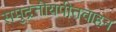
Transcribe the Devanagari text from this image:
समुद्रतोयपीतवाहन